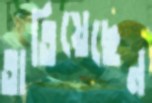
তাতিয়েছেন